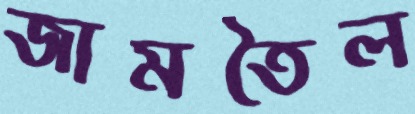
জামতৈল